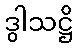
ဒွါသဋ္ဌိ